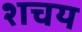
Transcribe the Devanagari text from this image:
शचय